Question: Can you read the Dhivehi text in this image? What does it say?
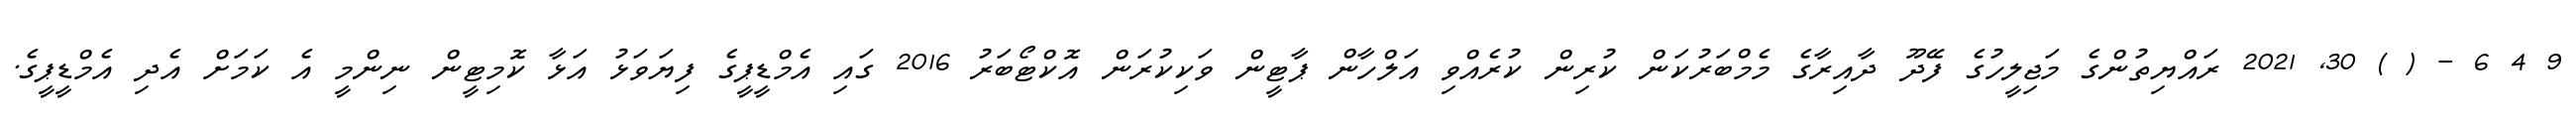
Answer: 9 4 6 - ( ) 30, 2021 ރައްޔިތުންގެ މަޖިލީހުގެ ފޭދޫ ދާއިރާގެ މެމްބަރުކަން ކުރިން ކުރެއްވި އަލްހާން ޕާޓީން ވަކިކުރަން އޮކްޓޯބަރު 2016 ގައި އެމްޑީޕީގެ ފިޔަވަޅު އަޅާ ކޮމިޓީން ނިންމީ އެ ކަމަށް އެދި އެމްޑީޕީގެ.